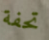
تحفة